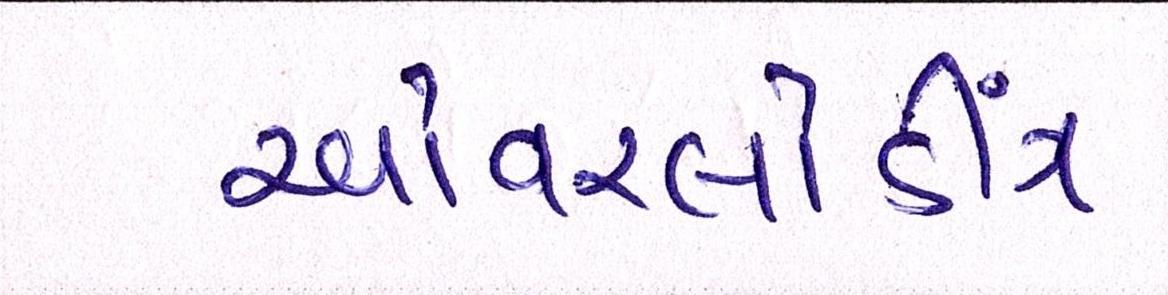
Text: ઓવરલોડીંગ